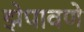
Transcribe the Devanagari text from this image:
झेपावणे